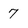
Character: 7